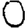
Digit: 0